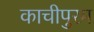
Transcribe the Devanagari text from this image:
काचीपुरम